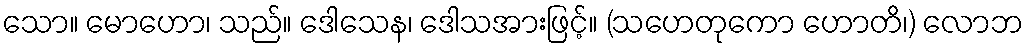
သော။ မောဟော၊ သည်။ ဒေါသေန၊ ဒေါသအားဖြင့်။ (သဟေတုကော ဟောတိ၊) လောဘ